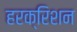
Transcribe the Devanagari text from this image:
हरक्रिशन